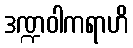
ဒဏ္ဍဝါကရာဟိ